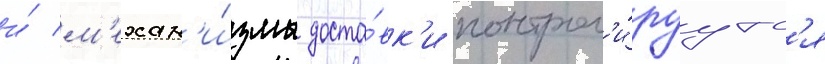
и́ м'ехан'и́змы доста́вк'и контрол'и́руутс'я